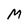
Character: M